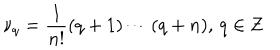
\nu _ { q } = { \frac { 1 } { n ! } } ( q + 1 ) \cdots ( q + n ) , \, q \in { \bf Z }